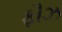
ફૌઝ